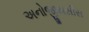
અનોજીયસીસ